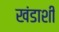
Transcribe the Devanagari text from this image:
खंडाशी